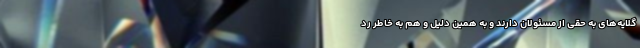
گلایه‌های به حقی از مسئولان دارند و به همین دلیل و هم به خاطر رد